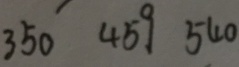
3 5 0 4 5 9 5 4 0